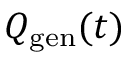
Q _ { \mathrm { g e n } } ( t )